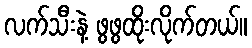
လက်သီးနဲ့ ဖွဖွထိုးလိုက်တယ်။